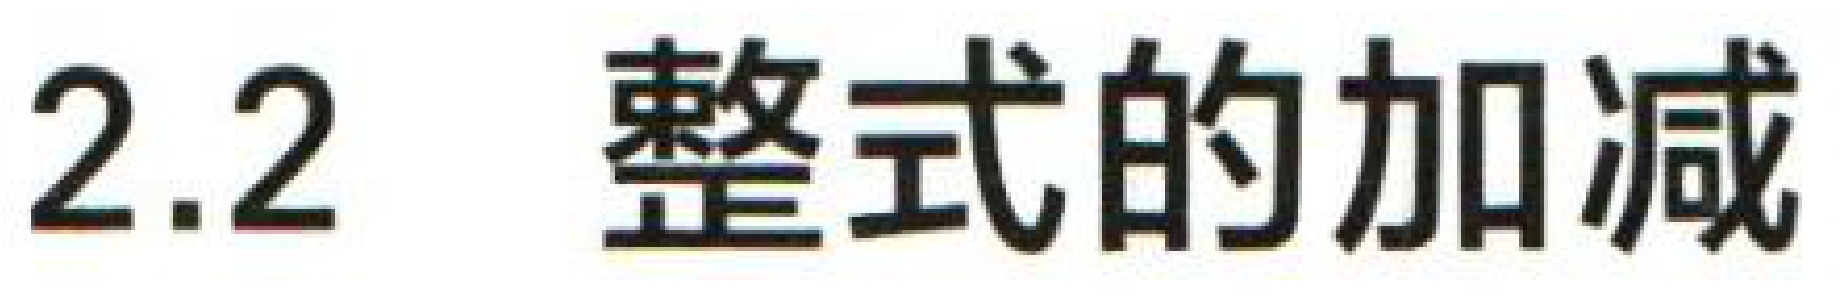
2.2 整式的加减